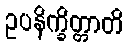
ဥပနိက္ခိတ္တာတိ